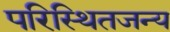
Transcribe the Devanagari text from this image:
परिस्थितजन्य